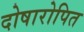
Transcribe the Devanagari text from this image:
दोषारोपित